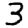
Digit: 3